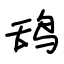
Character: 鸹